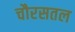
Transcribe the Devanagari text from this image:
चौरसतल